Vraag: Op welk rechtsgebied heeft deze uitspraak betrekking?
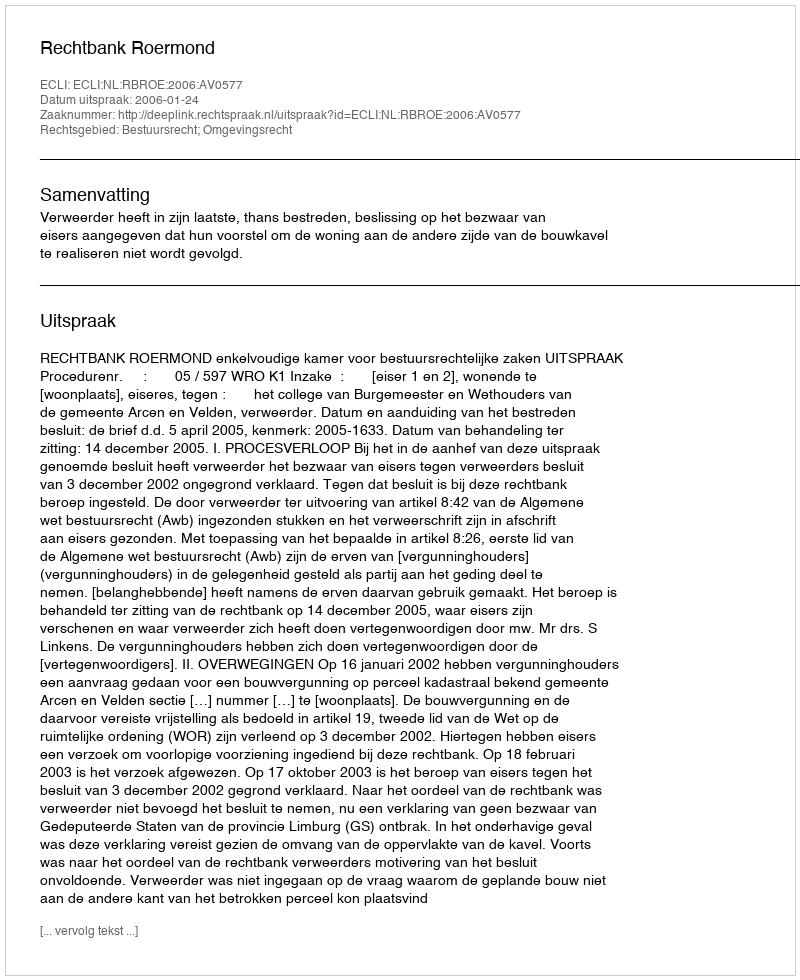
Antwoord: Bestuursrecht; Omgevingsrecht